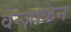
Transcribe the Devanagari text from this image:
वेन्ज़ोकेन